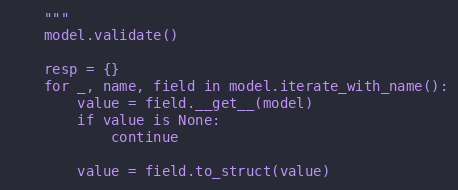
Language: Python
    """
    model.validate()

    resp = {}
    for _, name, field in model.iterate_with_name():
        value = field.__get__(model)
        if value is None:
            continue

        value = field.to_struct(value)